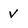
Character: v